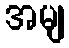
အမျ